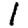
Digit: 1